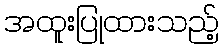
အထူးပြုထားသည့်